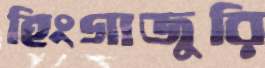
হিংগাজুরি